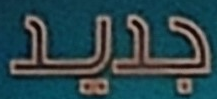
جديد